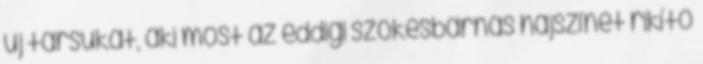
új társukat, aki most az eddigi szőkésbarnás hajszínét rikító